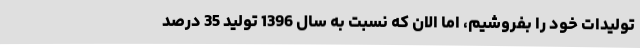
تولیدات خود را بفروشیم، اما الان که نسبت به سال 1396 تولید 35 درصد